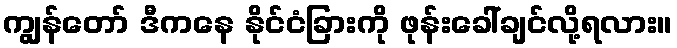
ကျွန်တော် ဒီကနေ နိုင်ငံခြားကို ဖုန်းခေါ်ချင်လို့ရလား။